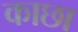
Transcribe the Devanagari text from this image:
काछा